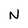
Character: N